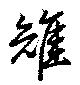
雉